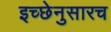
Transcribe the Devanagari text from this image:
इच्छेनुसारच